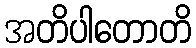
အတိပါတောတိ